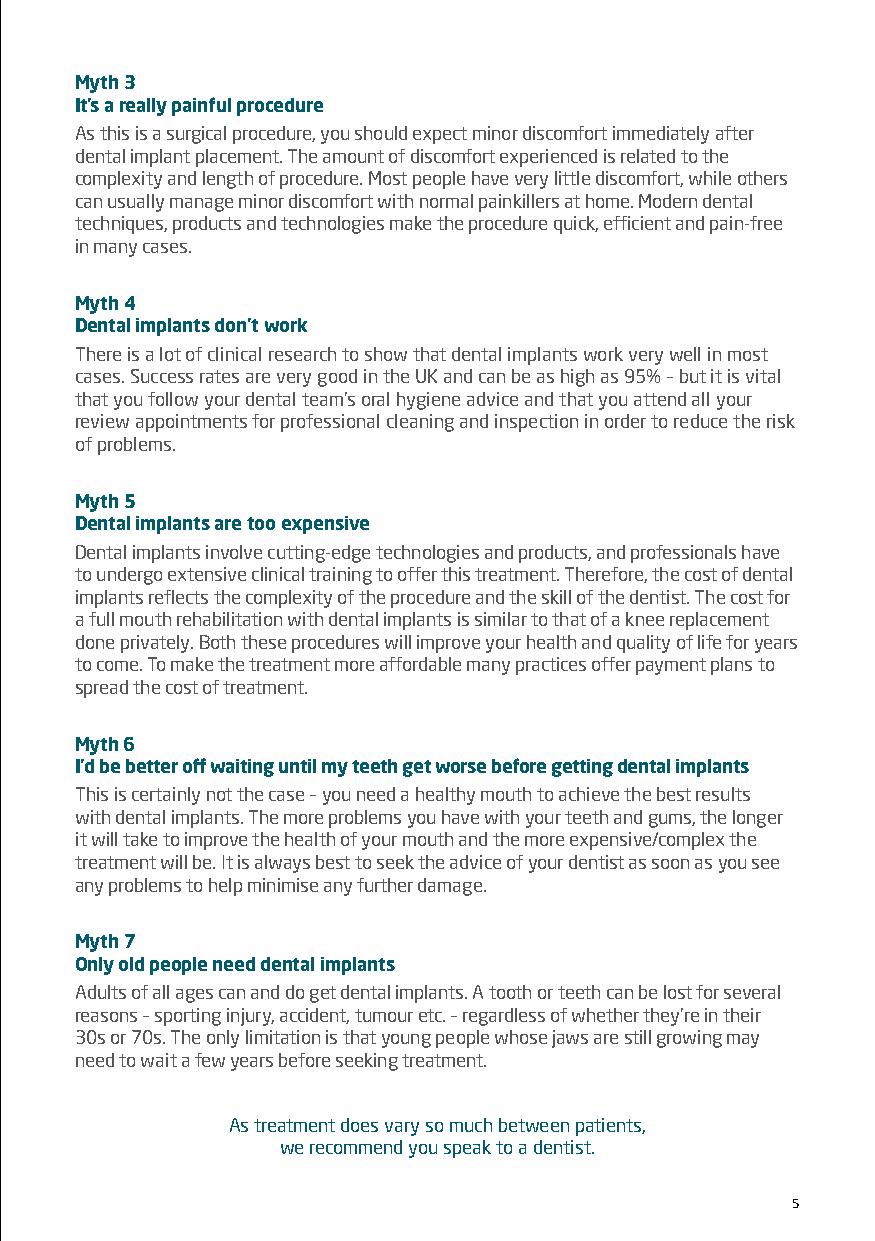
Myth 3
 It’s a really painful procedure
 As this is a surgical procedure, you should expect minor discomfort immediately after
 dental implant placement. The amount of discomfort experienced is related to the
 complexity and length of procedure. Most people have very little discomfort, while others
 can usually manage minor discomfort with normal painkillers at home. Modern dental
 techniques, products and technologies make the procedure quick, efficient and pain-free
 in many cases.
 Myth 4
 Dental implants don’t work
 There is a lot of clinical research to show that dental implants work very well in most
 cases. Success rates are very good in the UK and can be as high as 95% – but it is vital
 that you follow your dental team’s oral hygiene advice and that you attend all your
 review appointments for professional cleaning and inspection in order to reduce the risk
 of problems.
 Myth 5
 Dental implants are too expensive
 Dental implants involve cutting-edge technologies and products, and professionals have
 to undergo extensive clinical training to offer this treatment. Therefore, the cost of dental
 implants reflects the complexity of the procedure and the skill of the dentist. The cost for
 a full mouth rehabilitation with dental implants is similar to that of a knee replacement
 done privately. Both these procedures will improve your health and quality of life for years
 to come. To make the treatment more affordable many practices offer payment plans to
 spread the cost of treatment.
 Myth 6
 I’d be better off waiting until my teeth get worse before getting dental implants
 This is certainly not the case – you need a healthy mouth to achieve the best results
 with dental implants. The more problems you have with your teeth and gums, the longer
 it will take to improve the health of your mouth and the more expensive/complex the
 treatment will be. It is always best to seek the advice of your dentist as soon as you see
 any problems to help minimise any further damage.
 Myth 7
 Only old people need dental implants
 Adults of all ages can and do get dental implants. A tooth or teeth can be lost for several
 reasons – sporting injury, accident, tumour etc. – regardless of whether they’re in their
 30s or 70s. The only limitation is that young people whose jaws are still growing may
 need to wait a few years before seeking treatment.
 As treatment does vary so much between patients,
 we recommend you speak to a dentist.
 5